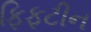
ફિફટીન